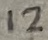
Text: 12